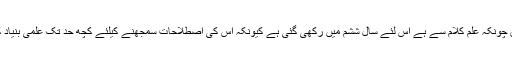
شامل نصاب اس کتاب کا تعلق چونکہ علم کلام سے ہے اس لئے سال ششم میں رکھی گئی ہے کیونکہ اس کی اصطلاحات سمجھنے کیلئے کچھ حد تک علمی بنیاد کا مضبوط ہونا ضروری ہے ۔